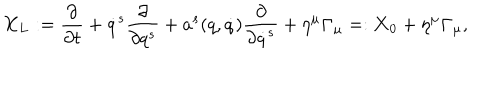
{ \bf X _ { L } } : = { \frac { \partial } { \partial t } } + \dot { q } ^ { s } { \frac { \partial } { \partial q ^ { s } } } + a ^ { s } ( q , \dot { q } ) { \frac { \partial } { \partial \dot { q } ^ { s } } } + \eta ^ { \mu } { \bf \Gamma } _ { \mu } = : { \bf X } _ { 0 } + \eta ^ { \mu } { \bf \Gamma } _ { \mu } ,